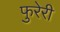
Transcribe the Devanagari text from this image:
फुरेरी